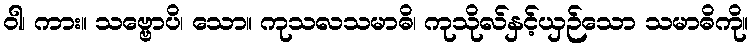
ဝါ၊ ကား။ သဗ္ဗောပိ၊ သော။ ကုသလသမာဓိ၊ ကုသိုလ်နှင့်ယှဉ်သော သမာဓိကို။